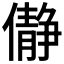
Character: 𫣺